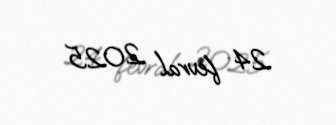
24 fevral 2025